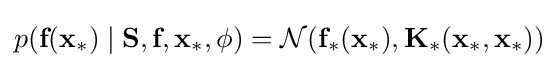
p({\textbf {f}}({\textbf {x}}_{*})\mid {\textbf {S}},{\textbf {f}},{\textbf {x}}_{*},\phi )={\mathcal {N}}({\textbf {f}}_{*}({\textbf {x}}_{*}),{\textbf {K}}_{*}({\textbf {x}}_{*},{\textbf {x}}_{*}))